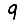
Digit: 9